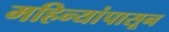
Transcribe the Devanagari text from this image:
महिन्यांपासून